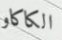
الكاكاو